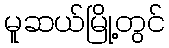
မူဆယ်မြို့တွင်